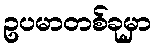
ဥပမာတစ်ခုမှာ